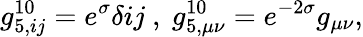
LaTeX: g_{5,ij}^{10}=e^{\sigma}\delta{ij}\ ,\ g_{5,\mu\nu}^{10}=e^{-2\sigma}g_{\mu\nu},